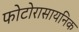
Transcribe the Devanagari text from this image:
फोटोरासायनिक